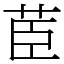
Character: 茞